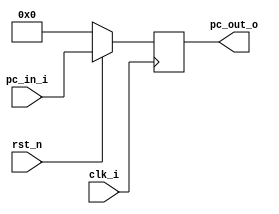
module Program_Counter (
    clk_i,
    rst_n,
    pc_in_i,
    pc_out_o
);

  //I/O ports
  input clk_i;
  input rst_n;
  input [32-1:0] pc_in_i;
  output [32-1:0] pc_out_o;

  //Internal Signals
  reg [32-1:0] pc_out_o; //store the current value of PC

  //Main function
  always @(posedge clk_i) begin //execute on the rising edge of the clock clk_i
    if (~rst_n) pc_out_o <= 0; // if the reset signal is low, the PC is reset to zero
    //else pc_out_o <= pc_in_i;
    else pc_out_o <= pc_in_i;
  end

endmodule